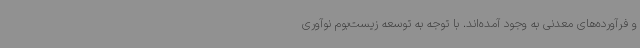
و فرآورده‌های معدنی به وجود آمده‌اند. با توجه به توسعه زیست‌بوم نوآوری